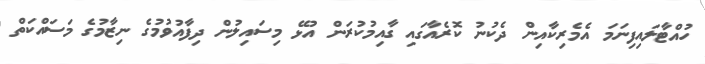
ހުއްޓާލައިފިނަމަ އެމެރިކާއިން ދެކުނު ކޮރެއާގައި ގާއިމުކުރަން އުޅޭ މިސައިލުން ދިފާއުވުމުގެ ނިޒާމުގެ މަސައްކަތް